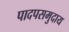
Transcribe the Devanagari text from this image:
पादपसमुदाय